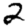
Digit: 2